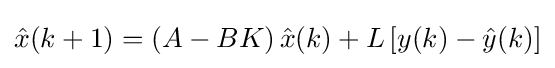
{\hat {x}}(k+1)=\left(A-BK\right){\hat {x}}(k)+L\left[y(k)-{\hat {y}}(k)\right]